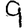
Digit: 9